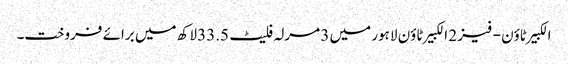
الکبیر ٹاؤن - فیز 2 الکبیر ٹاؤن لاہور میں 3 مرلہ فلیٹ 33.5 لاکھ میں برائے فروخت۔